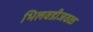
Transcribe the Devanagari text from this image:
भिलवडीजवळ